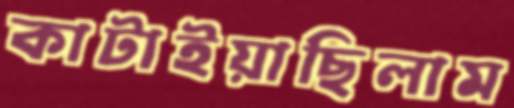
কাটাইয়াছিলাম